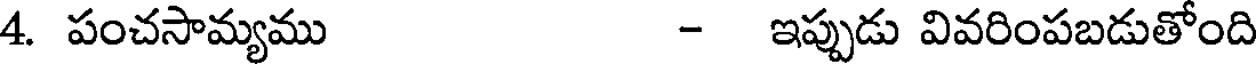
4. పంచసామ్యము - ఇప్పుడు వివరింపబడుతోంది